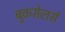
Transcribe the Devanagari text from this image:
बुकसेलर्स